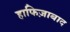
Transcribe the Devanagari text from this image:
हाफिज़ाबाद